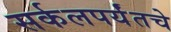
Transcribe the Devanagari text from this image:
सर्कलपर्यंतचे